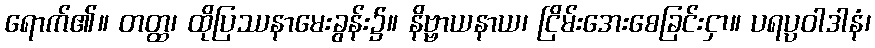
ရောက်၏။ တတ္ထ၊ ထိုပြဿနာမေးခွန်း၌။ နိဗ္ဗာယနာယ၊ ငြိမ်းအေးစေခြင်းငှာ။ ပရပ္ပဝါဒါနံ၊